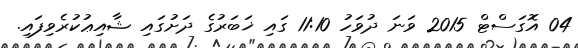
04 އޮގަސްޓް 2015 ވަނަ ދުވަހު 11:10 ގައި ޚަބަރުގެ ދަށުގައި ޝާއިޢުކުރެވިފައި.